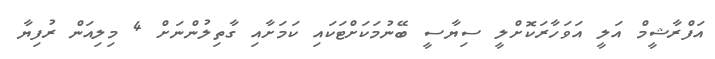
އަފްރާޝީމް އަލީ އަވަހާރަކޮށްލީ ސިޔާސީ ބޭނުމަކަށްޓަކައި ކަމަށާއި ގާތިލުންނަށް 4 މިލިއަން ރުފިޔާ